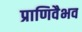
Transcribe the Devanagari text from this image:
प्राणिवैभव